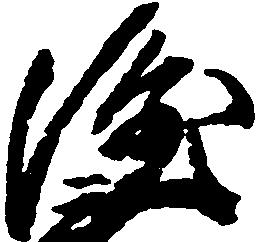
隆